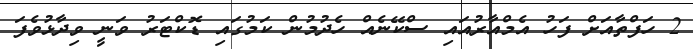
2 ހަފްތާއަށް ފަހު އެމްއާރުއައި ސްކޭނެއް ހެދުމުން ކަމުގައި ޑޮކްޓަރު ވަނީ ވިދާޅުވެފަ